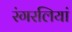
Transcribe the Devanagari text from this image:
रंगरलियां